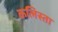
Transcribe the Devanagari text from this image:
कलिस्ता